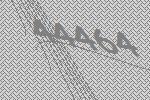
44464